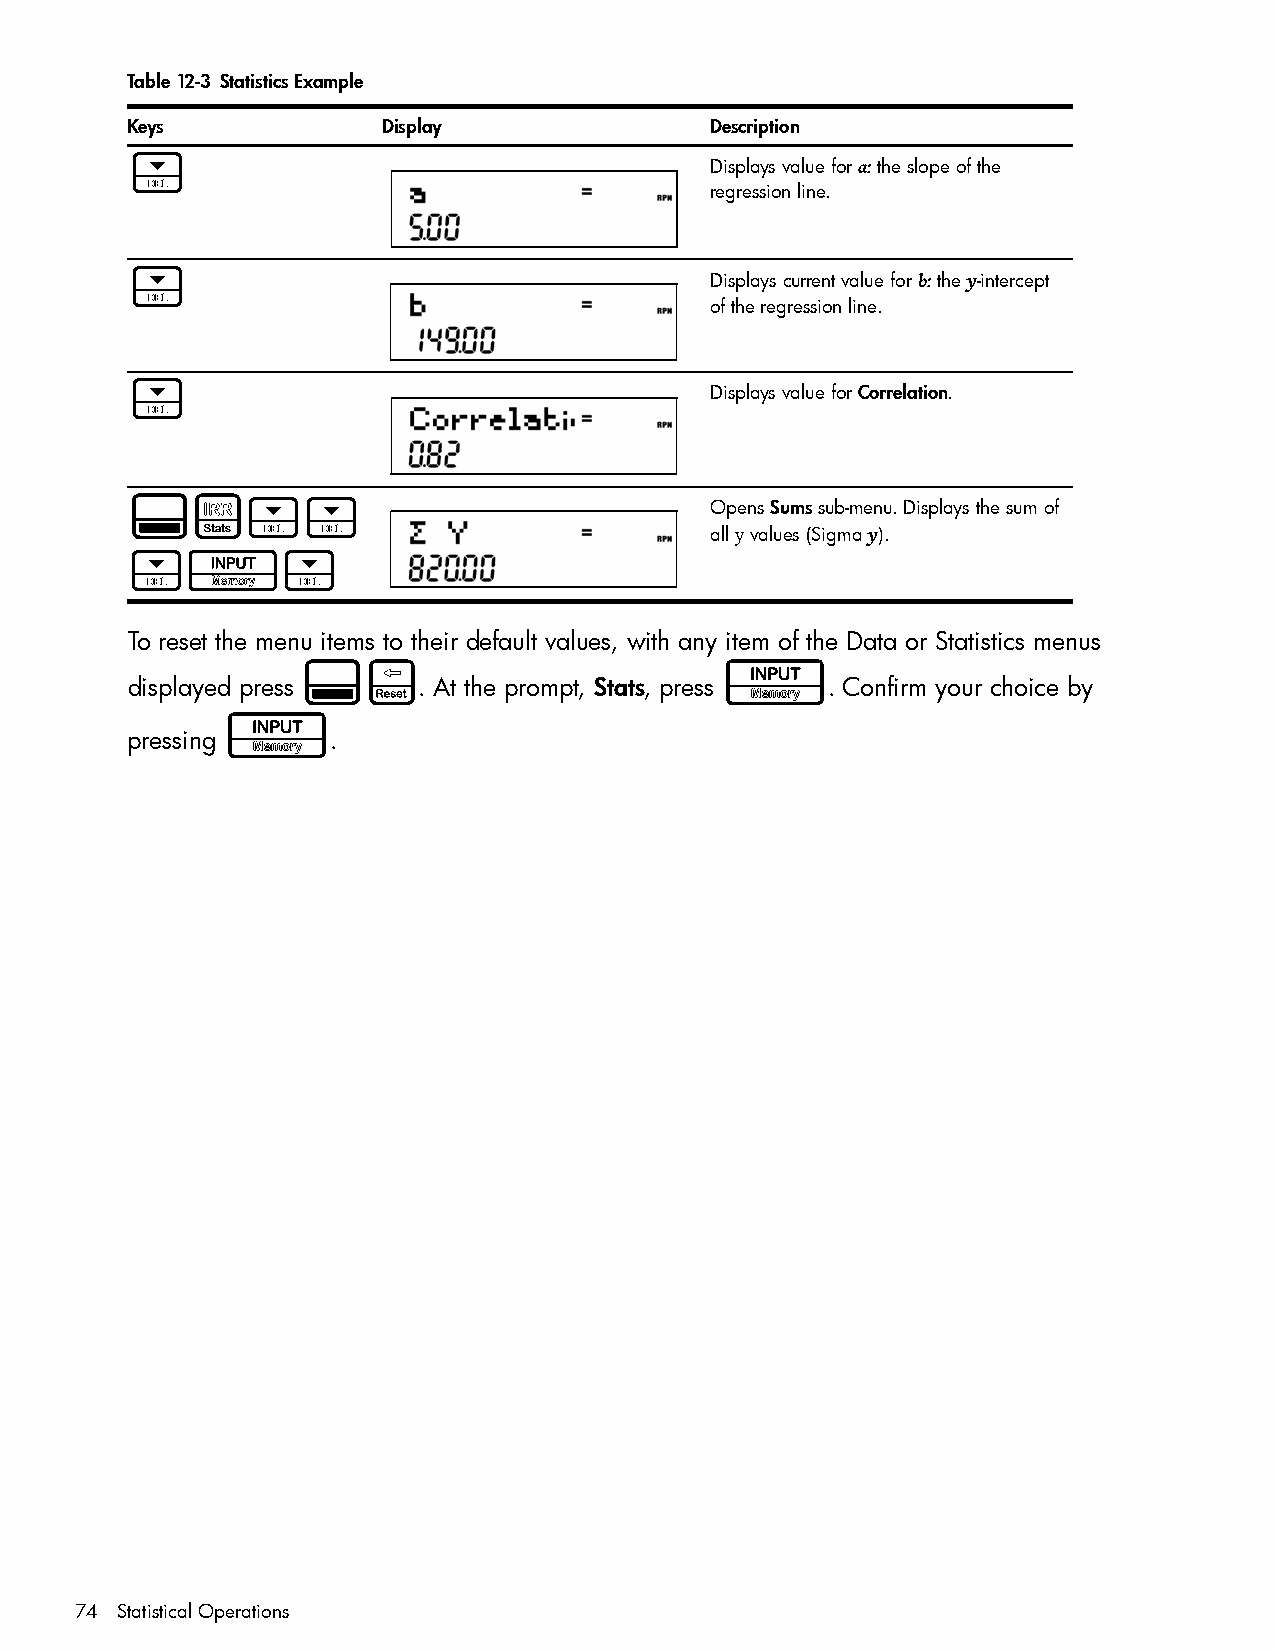
Table 12-3 Statistics Example
 Keys             Display               Description
 <                                      Displays value for a: the slope of the
 regression line.
 <                                      Displays current value for b: the y-intercept
 of the regression line.
 <                                      Displays value for Correlation.
 :z<<                                   Opens Sums sub-menu. Displays the sum of
 all y values (Sigma y).
 <I<
 To reset the menu items to their default values, with any item of the Data or Statistics menus
 :x                          I
 displayed press     . At the prompt, Stats, press . Confirm your choice by
 I
 pressing      .
 74 Statistical Operations